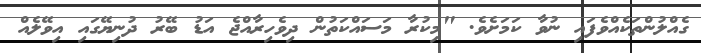
ގެއްލުންތަކެއްވެފައި ނުވާ ކަމަށެވެ. "މިކުރާ މަސައްކަތުން ދިވެހިރާއްޖެ އަޑު ބޭރު ދުނިޔޭގައި އިވޭލެއް